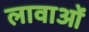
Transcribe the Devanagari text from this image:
लावाओं